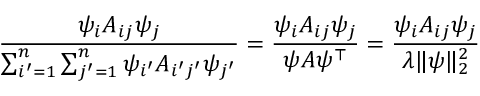
{ \frac { \psi _ { i } A _ { i j } \psi _ { j } } { \sum _ { i ^ { \prime } = 1 } ^ { n } \sum _ { j ^ { \prime } = 1 } ^ { n } \psi _ { i ^ { \prime } } A _ { i ^ { \prime } j ^ { \prime } } \psi _ { j ^ { \prime } } } } = { \frac { \psi _ { i } A _ { i j } \psi _ { j } } { \psi A \psi ^ { \top } } } = { \frac { \psi _ { i } A _ { i j } \psi _ { j } } { \lambda \| \psi \| _ { 2 } ^ { 2 } } }